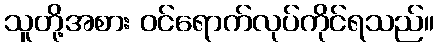
သူတို့အစား ဝင်ရောက်လုပ်ကိုင်ရသည်။